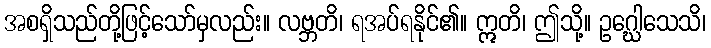
အစရှိသည်တို့ဖြင့်သော်မှလည်း။ လဗ္ဘတိ၊ ရအပ်ရနိုင်၏။ ဣတိ၊ ဤသို့။ ဥဂ္ဃေါသေသိ၊